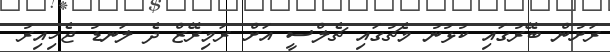
ރަށުން ބޭރުގައި ކުޅުނު މެޗުގައި ޗެލްސީ އަށް ރަމިރޭޒް ދެ ލަނޑު ޖެހިއިރު